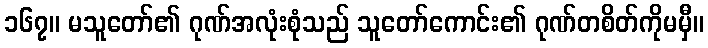
၁၆၇။ မသူတော်၏ ဂုဏ်အလုံးစုံသည် သူတော်ကောင်း၏ ဂုဏ်တစိတ်ကိုမမှီ။